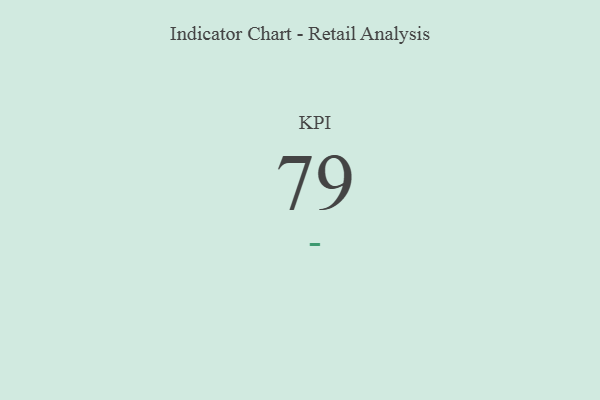
{"axis": {"x": "KPI", "y": "Value"}, "legend": [""], "data": [{"x": "KPI", "y": 79, "type": ""}]}